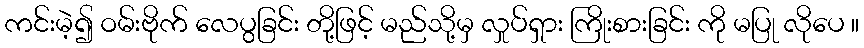
ကင်းမဲ့၍ ဝမ်းဗိုက် လေပွခြင်း တို့ဖြင့် မည်သို့မှ လှုပ်ရှား ကြိုးစားခြင်း ကို မပြု လိုပေ ။